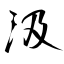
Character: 汲